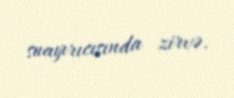
suayırıcısında zirvə.